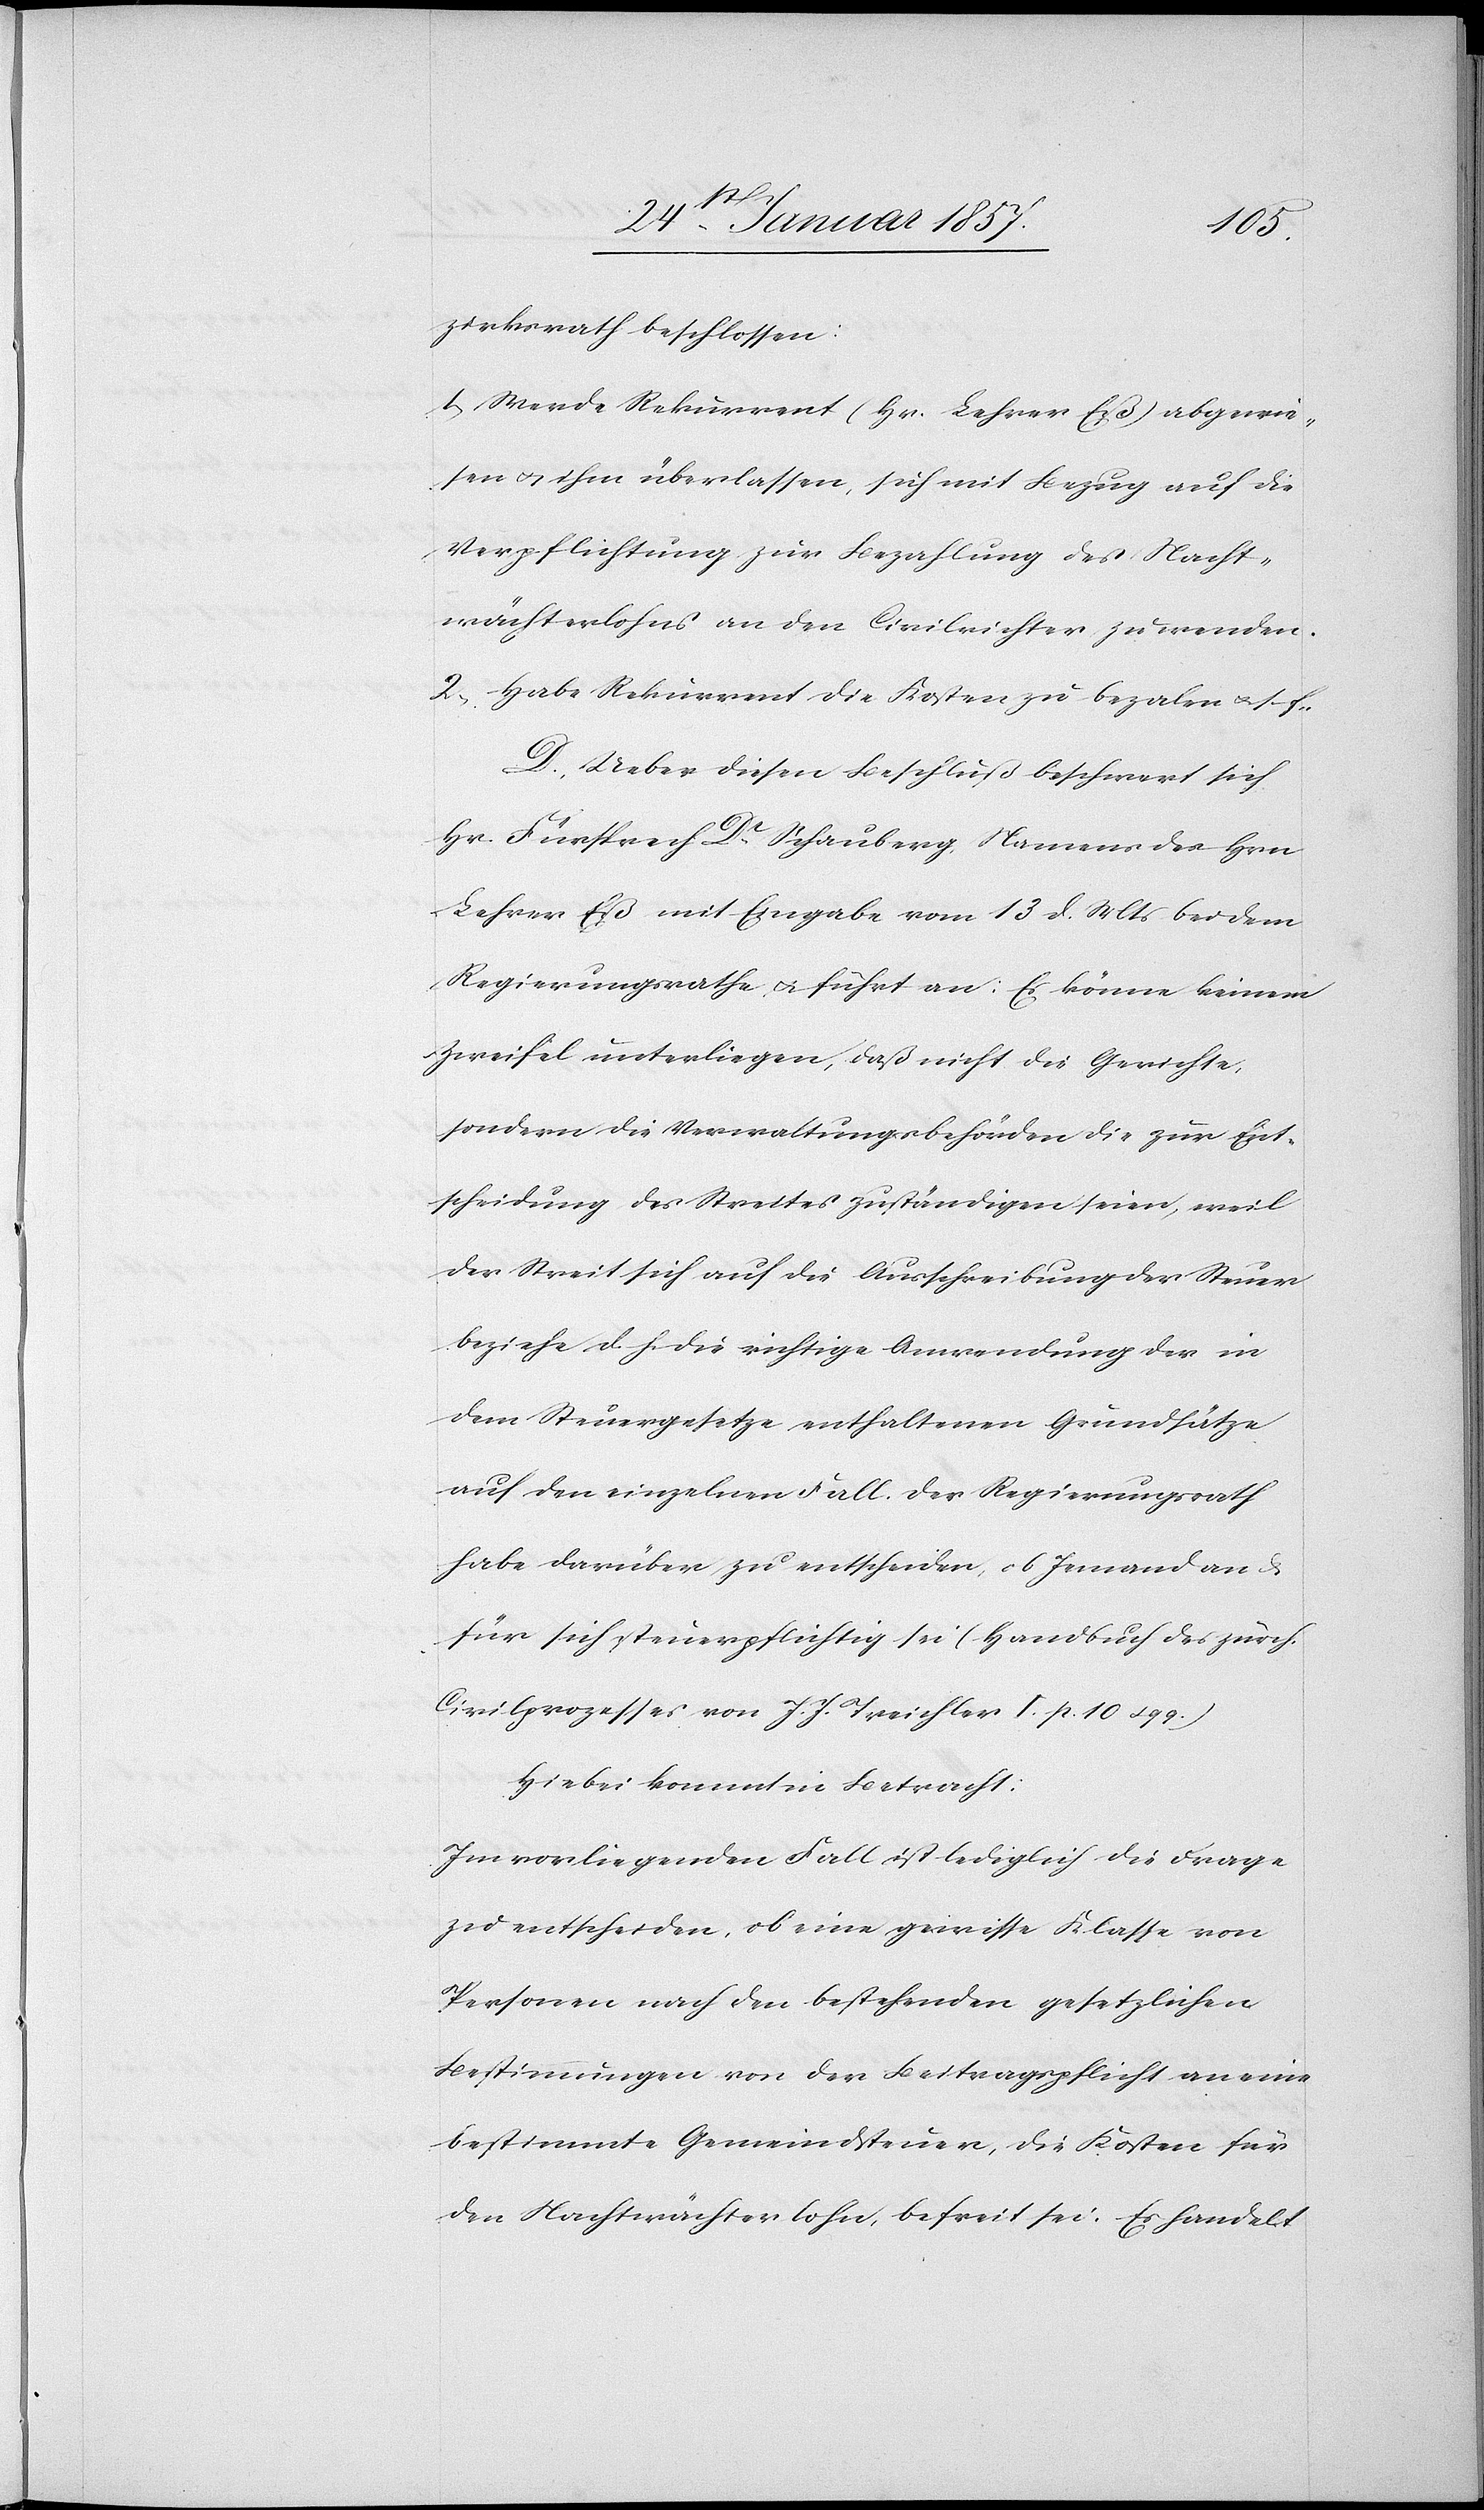
zirksrath beschlossen:
1, Werde Rekurrent (Hr. Lehrer Eß) abgewie¬
sen & ihm überlassen, sich mit Bezug auf die
Verpflichtung zur Bezahlung des Nacht¬
wächterlohns an den Civilrichter zu wenden.
2, Habe Rekurrent die Kosten zu bezalen & s. f.
D. Ueber diesen Beschluß beschwert sich
Hr. Fürsprech Dr. Schauberg Namens des Hrn
Lehrer Eß mit Eingabe vom 13 d. Mts bei dem
Regierungsrathe & führt an: Es könne keinem
Zweifel unterliegen, daß nicht die Gerichte,
sondern die Verwaltungsbehörden die zur Ent¬
scheidung des Streites zuständigen seien, weil
der Streit sich auf die Ausschreibung der Steuer
beziehe d. h. die richtige Anwendung der in
dem Steuergesetze enthaltenen Grundsätze
auf den einzelnen Fall. Der Regierungsrath
habe darüber zu entscheiden, ob Jemand an &
für sich steuerpflichtig sei (Handbuch des zürch.
Civilprozesses von J. J. Treichler I. p. 10 u. 99.)
Hiebei kommt in Betracht:
Im vorliegenden Fall ist lediglich die Frage
zu entscheiden, ob eine gewisse Klasse von
Personen nach den bestehenden gesetzlichen
Bestimmungen von der Beitragspflicht an eine
bestimmte Gemeindsteuer, die Kosten für
den Nachtwächterlohn, befreit sei. Es handelt